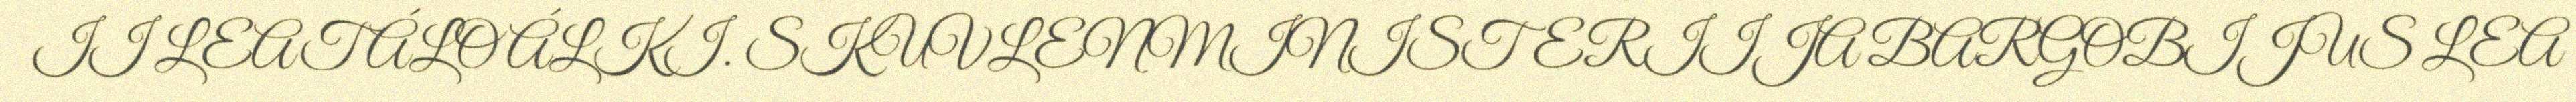
II LEAT ÁLO ÁLKI. SKUVLENMINISTERIIJA BARGOBIJUS LEA